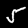
Digit: 5